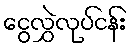
ငွေလွှဲလုပ်ငန်း